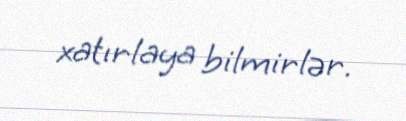
xatırlaya bilmirlər.